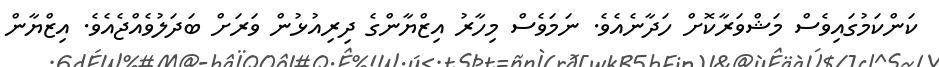
ކަންކަމުގައިވެސް މަޝްވަރާކޮށް ހަދާނެއެވެ. ނަމަވެސް މިހާރު އިޒްޔާންގެ ދިރިއުޅުން ވަރަށް ބަދަލުވެއްޖެއެވެ. އިޒްޔާން